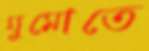
ঘুমোতে